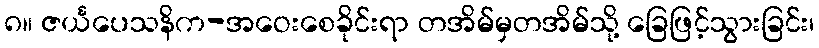
၈။ ဇင်္ယပေသနိက-အဝေးစေခိုင်းရာ တအိမ်မှတအိမ်သို့ ခြေဖြင့်သွားခြင်း၊